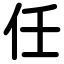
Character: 任